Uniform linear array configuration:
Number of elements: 64
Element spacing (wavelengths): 0.25
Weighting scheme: uniform
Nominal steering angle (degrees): -15
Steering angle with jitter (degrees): -16.329
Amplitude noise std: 0.05
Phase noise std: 0.05

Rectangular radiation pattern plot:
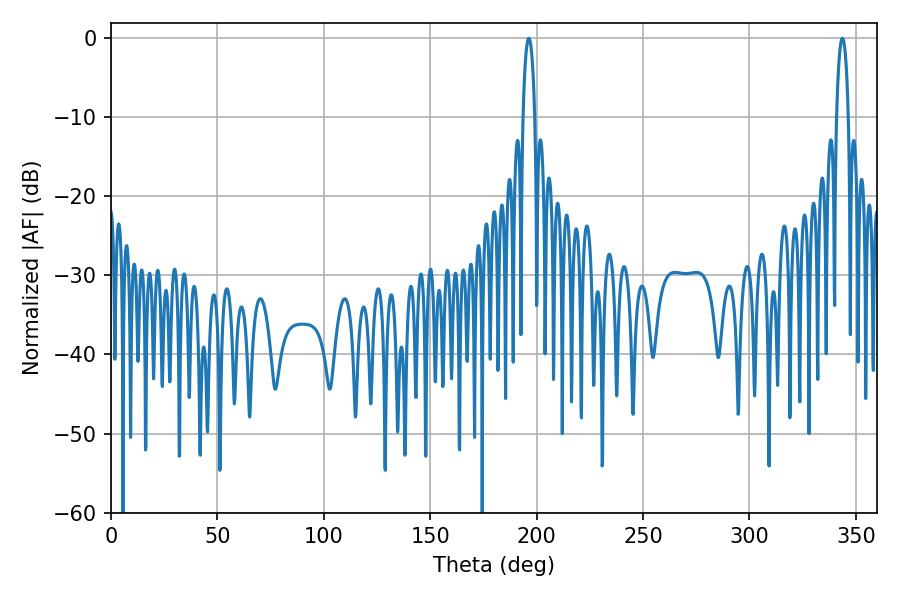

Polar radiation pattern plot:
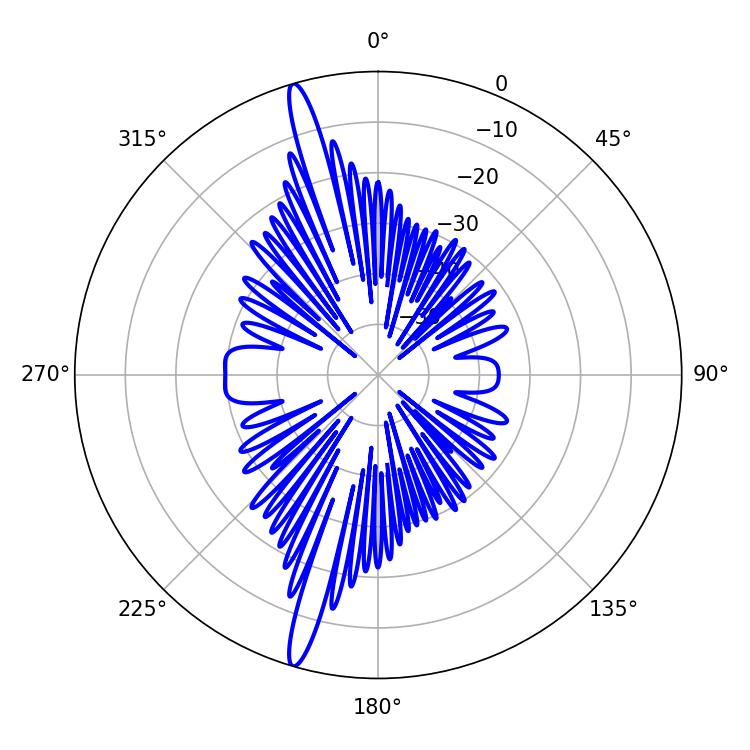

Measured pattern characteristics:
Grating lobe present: FALSE
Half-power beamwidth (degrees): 3.06
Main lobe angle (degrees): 343.62